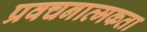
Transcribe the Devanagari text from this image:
प्रवचनात्मकता